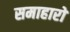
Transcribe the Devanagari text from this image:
समाहारों